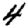
Digit: 4